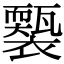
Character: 𧞕